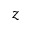
z